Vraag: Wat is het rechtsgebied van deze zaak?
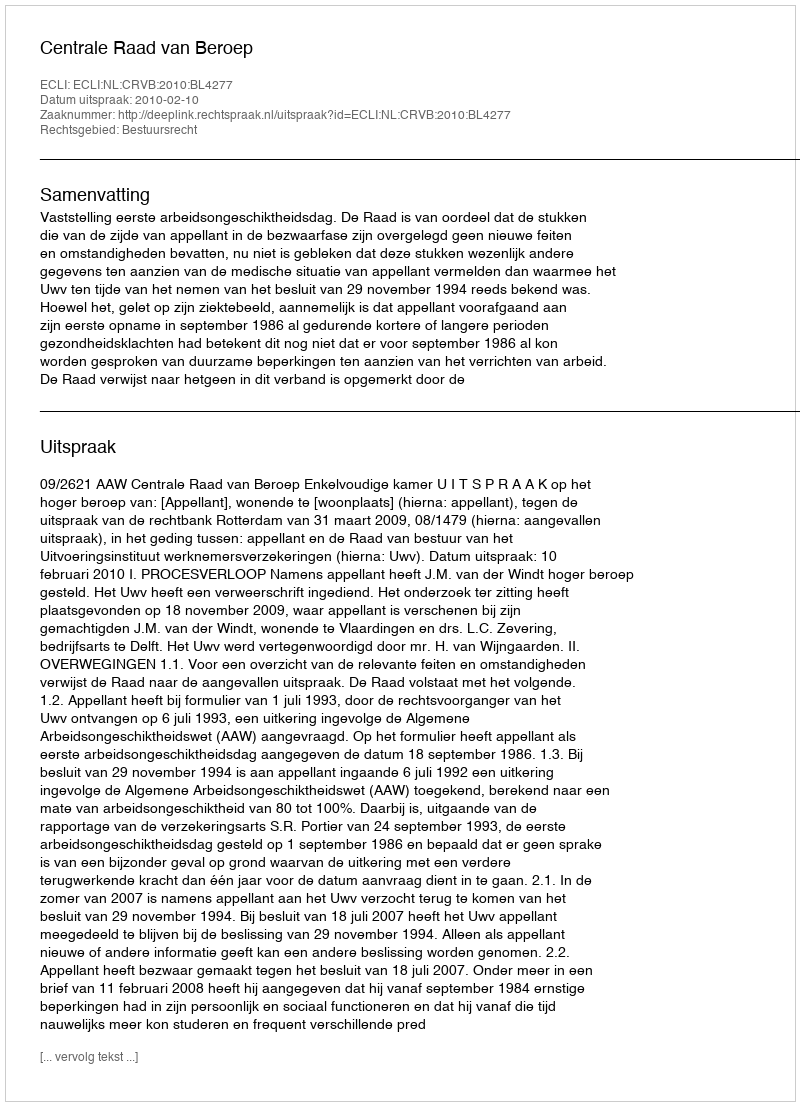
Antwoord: Bestuursrecht